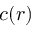
c ( r )